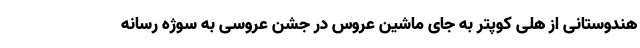
هندوستانی از هلی کوپتر به جای ماشین عروس در جشن عروسی به سوژه رسانه